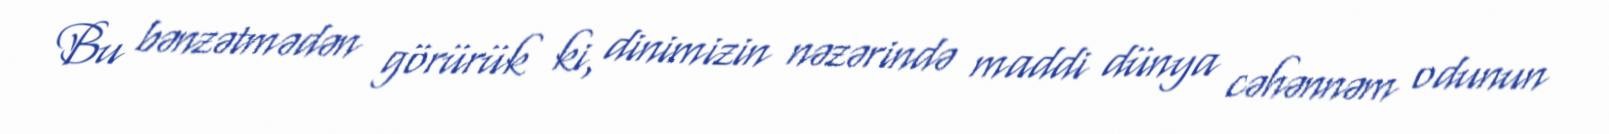
Bu bənzətmədən görürük ki, dinimizin nəzərində maddi dünya cəhənnəm odunun